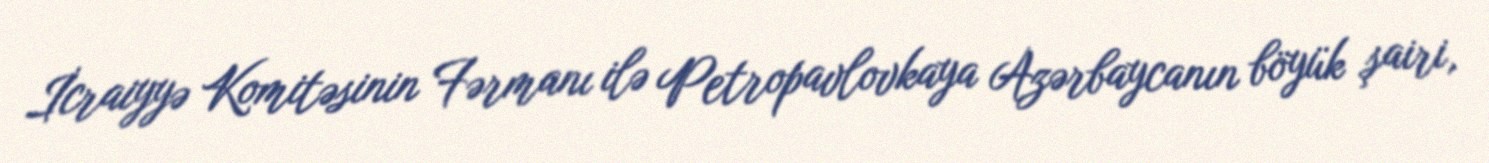
İcraiyyə Komitəsinin Fərmanı ilə Petropavlovkaya Azərbaycanın böyük şairi,